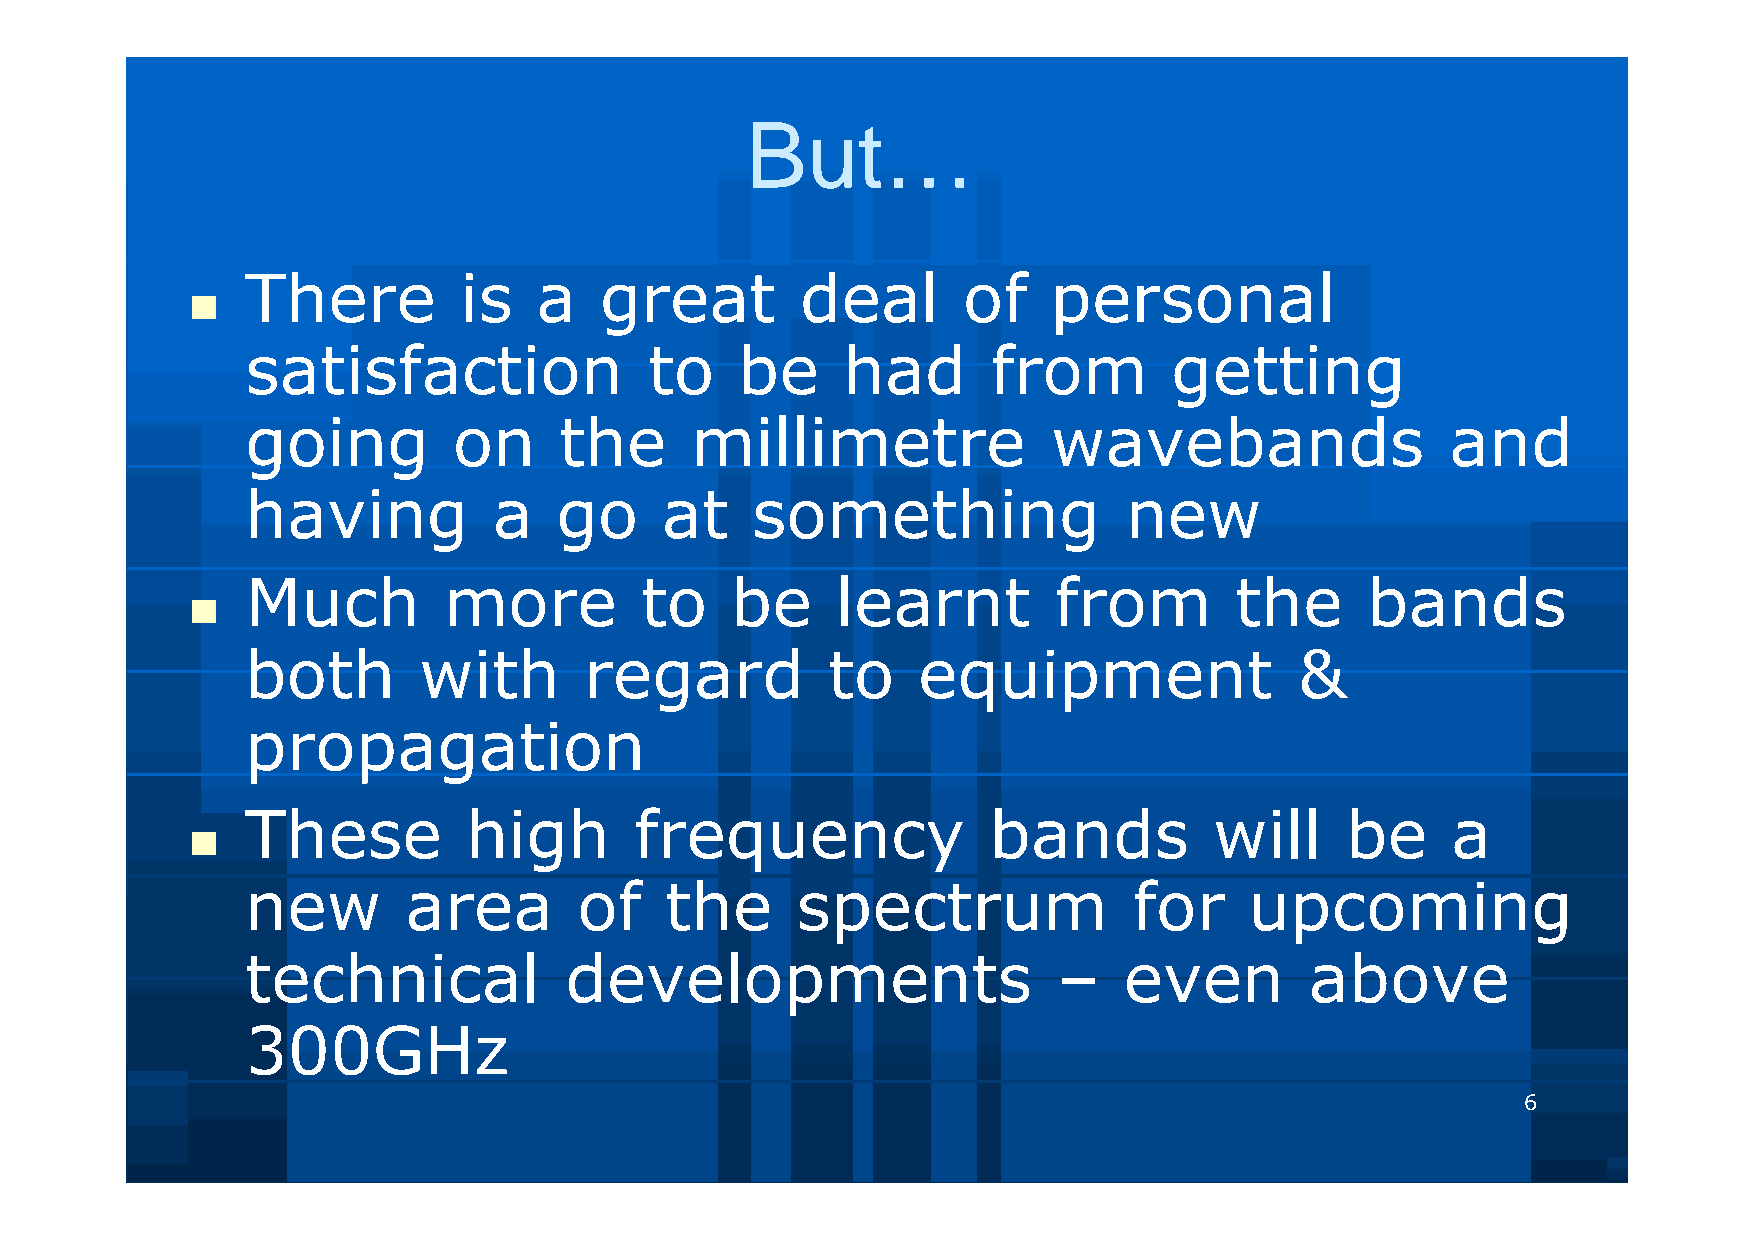
But…
 There         is   a    great        deal       of    personal
 
 satisfaction               to    be     had       from       getting
 going         on     the      millimetre              wavebands                 and
 having           a   go     at    something               new
 Much         more         to    be     learnt         from        the     bands
 
 both        with       regard          to    equipment                &
 propagation
 These          high       frequency              bands          will     be     a
 
 new        area       of    the      spectrum              for     upcoming
 technical            developments                     –   even         above
 300GHz
 6